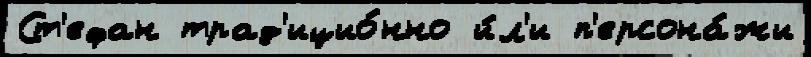
Ст'ефан трад'ицио́нно и́л'и п'ерсона́жи